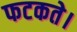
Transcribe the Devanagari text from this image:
फटकते।